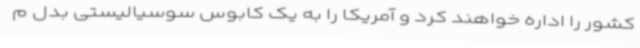
کشور را اداره خواهند کرد و آمریکا را به یک کابوس سوسیالیستی بدل م